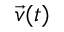
{ \vec { v } } ( t )